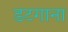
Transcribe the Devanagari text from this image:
डटगाना